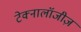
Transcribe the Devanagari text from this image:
टेक्नालॉजीज़